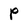
Character: p